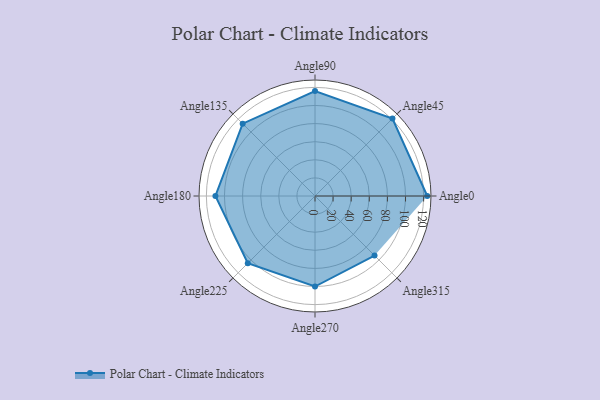
{"axis": {"x": "Angle", "y": "Radius"}, "legend": [""], "data": [{"x": "Angle0", "y": 124.0, "type": ""}, {"x": "Angle45", "y": 121.0, "type": ""}, {"x": "Angle90", "y": 116.0, "type": ""}, {"x": "Angle135", "y": 113.0, "type": ""}, {"x": "Angle180", "y": 110.0, "type": ""}, {"x": "Angle225", "y": 105.0, "type": ""}, {"x": "Angle270", "y": 100.0, "type": ""}, {"x": "Angle315", "y": 93.0, "type": ""}]}